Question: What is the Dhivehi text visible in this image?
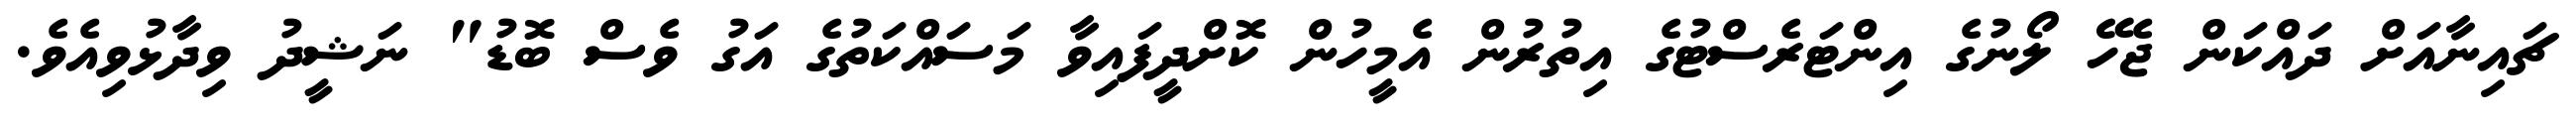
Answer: ޗައިނާއަށް ދައްކަން ޖެހޭ ލޯނުގެ އިންޓަރެސްޓުގެ އިތުރުން އެމީހުން ކޮށްދީފައިވާ މަސައްކަތުގެ އަގު ވެސް ބޮޑު" ނަޝީދު ވިދާޅުވިއެވެ.